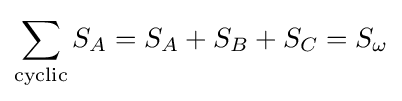
\sum _{\text{cyclic}}S_{A}=S_{A}+S_{B}+S_{C}=S_{\omega }